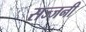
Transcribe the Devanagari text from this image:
सज्जनी